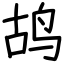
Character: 鸪